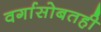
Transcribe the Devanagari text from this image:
वर्गासोबतही